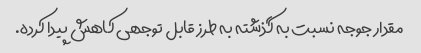
مقدار جوجه نسبت به گذشته به طرز قابل توجهی کاهش پیدا کرده.